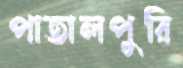
পাতালপুরি